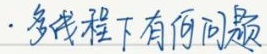
#NAME?